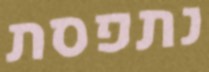
נתפסת